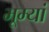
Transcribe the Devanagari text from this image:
भूम्यां